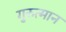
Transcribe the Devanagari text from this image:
गुरुत्मान